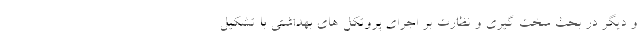
و دیگر در بحث سخت گیری و نظارت بر اجرای پروتکل های بهداشتی با تشکیل